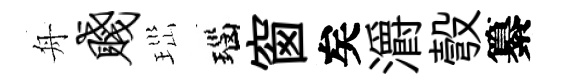
舟贱𤤼瑙窗矣灂彀纂